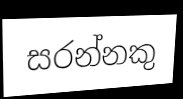
සරන්නකු